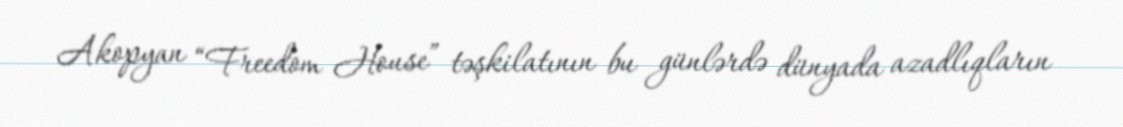
Akopyan “Freedom House” təşkilatının bu günlərdə dünyada azadlıqların